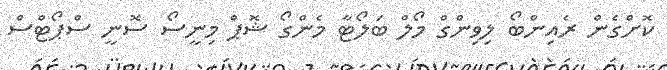
ކޮށްގެން ރެއިންބޯ ލިވިންގް މޯލް ބަލޯޓާ މެންގޯ ޝޮޕް މިނީސޯ ސޮނީ ސްޕޯޓްސް